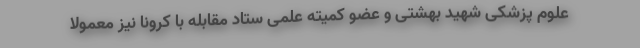
علوم پزشکی شهید بهشتی و عضو کمیته علمی ستاد مقابله با کرونا نیز معمولا